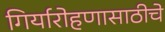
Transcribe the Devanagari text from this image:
गिर्यारोहणासाठीचे